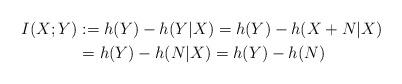
LaTeX: \begin{align*} I(X;Y) &:= h(Y) - h(Y|X) = h(Y) - h(X+N|X) \\ & = h(Y) - h(N|X) = h(Y) - h(N)\end{align*}